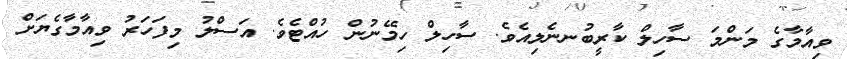
ވިއާމާގެ މަންމަ ސާހިލް ކާރީބުނނެލިއެވެ. ސާހިލް ހިމޭނުން ހުއްޓެވެ. އަސްލު މިފަހަރު ވިއާމާގެޔަށް